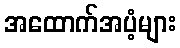
အထောက်အပံ့များ